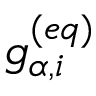
g _ { \alpha , i } ^ { ( e q ) }